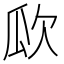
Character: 𣢚